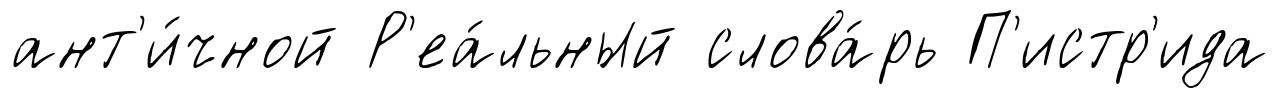
ант'и́чной Р'еа́льный слова́рь П'истр'ида